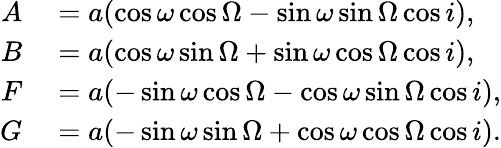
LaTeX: \begin{array}{rl}{A}&{{}=a(\cos{\omega}\cos{\Omega}-\sin{\omega}\sin{\Omega}\cos{i}),}\\ {B}&{{}=a(\cos{\omega}\sin{\Omega}+\sin{\omega}\cos{\Omega}\cos{i}),}\\ {F}&{{}=a(-\sin{\omega}\cos{\Omega}-\cos{\omega}\sin{\Omega}\cos{i}),}\\ {G}&{{}=a(-\sin{\omega}\sin{\Omega}+\cos{\omega}\cos{\Omega}\cos{i}).}\end{array}